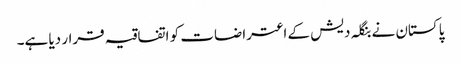
پاکستان نے بنگلہ دیش کے اعتراضات کو اتفاقیہ قرار دیا ہے۔